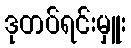
ဒုတပ်ရင်းမှူး